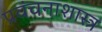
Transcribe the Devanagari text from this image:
प्रवंचनाशास्त्र